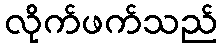
လိုက်ဖက်သည်